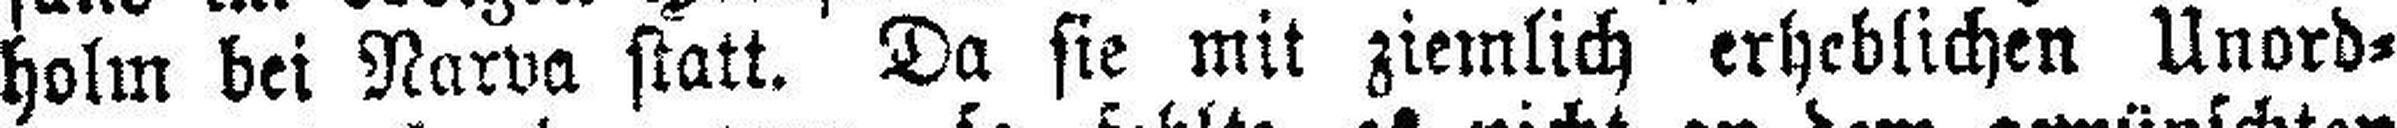
holm bei Narva statt. Da sie mit ziemlich erheblichen Unord¬